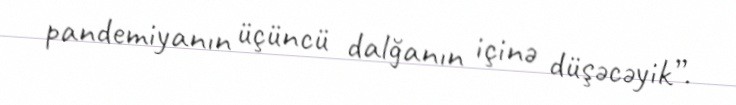
pandemiyanın üçüncü dalğanın içinə düşəcəyik”.